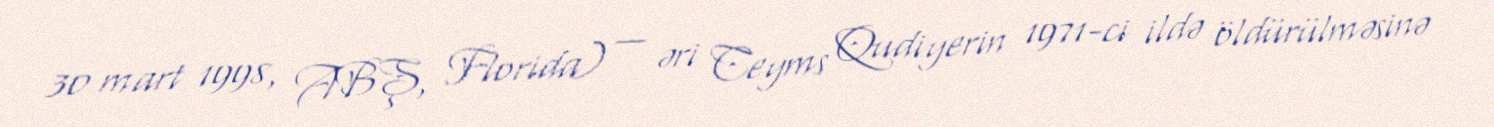
30 mart 1998, ABŞ, Florida) — əri Ceyms Qudiyerin 1971-ci ildə öldürülməsinə